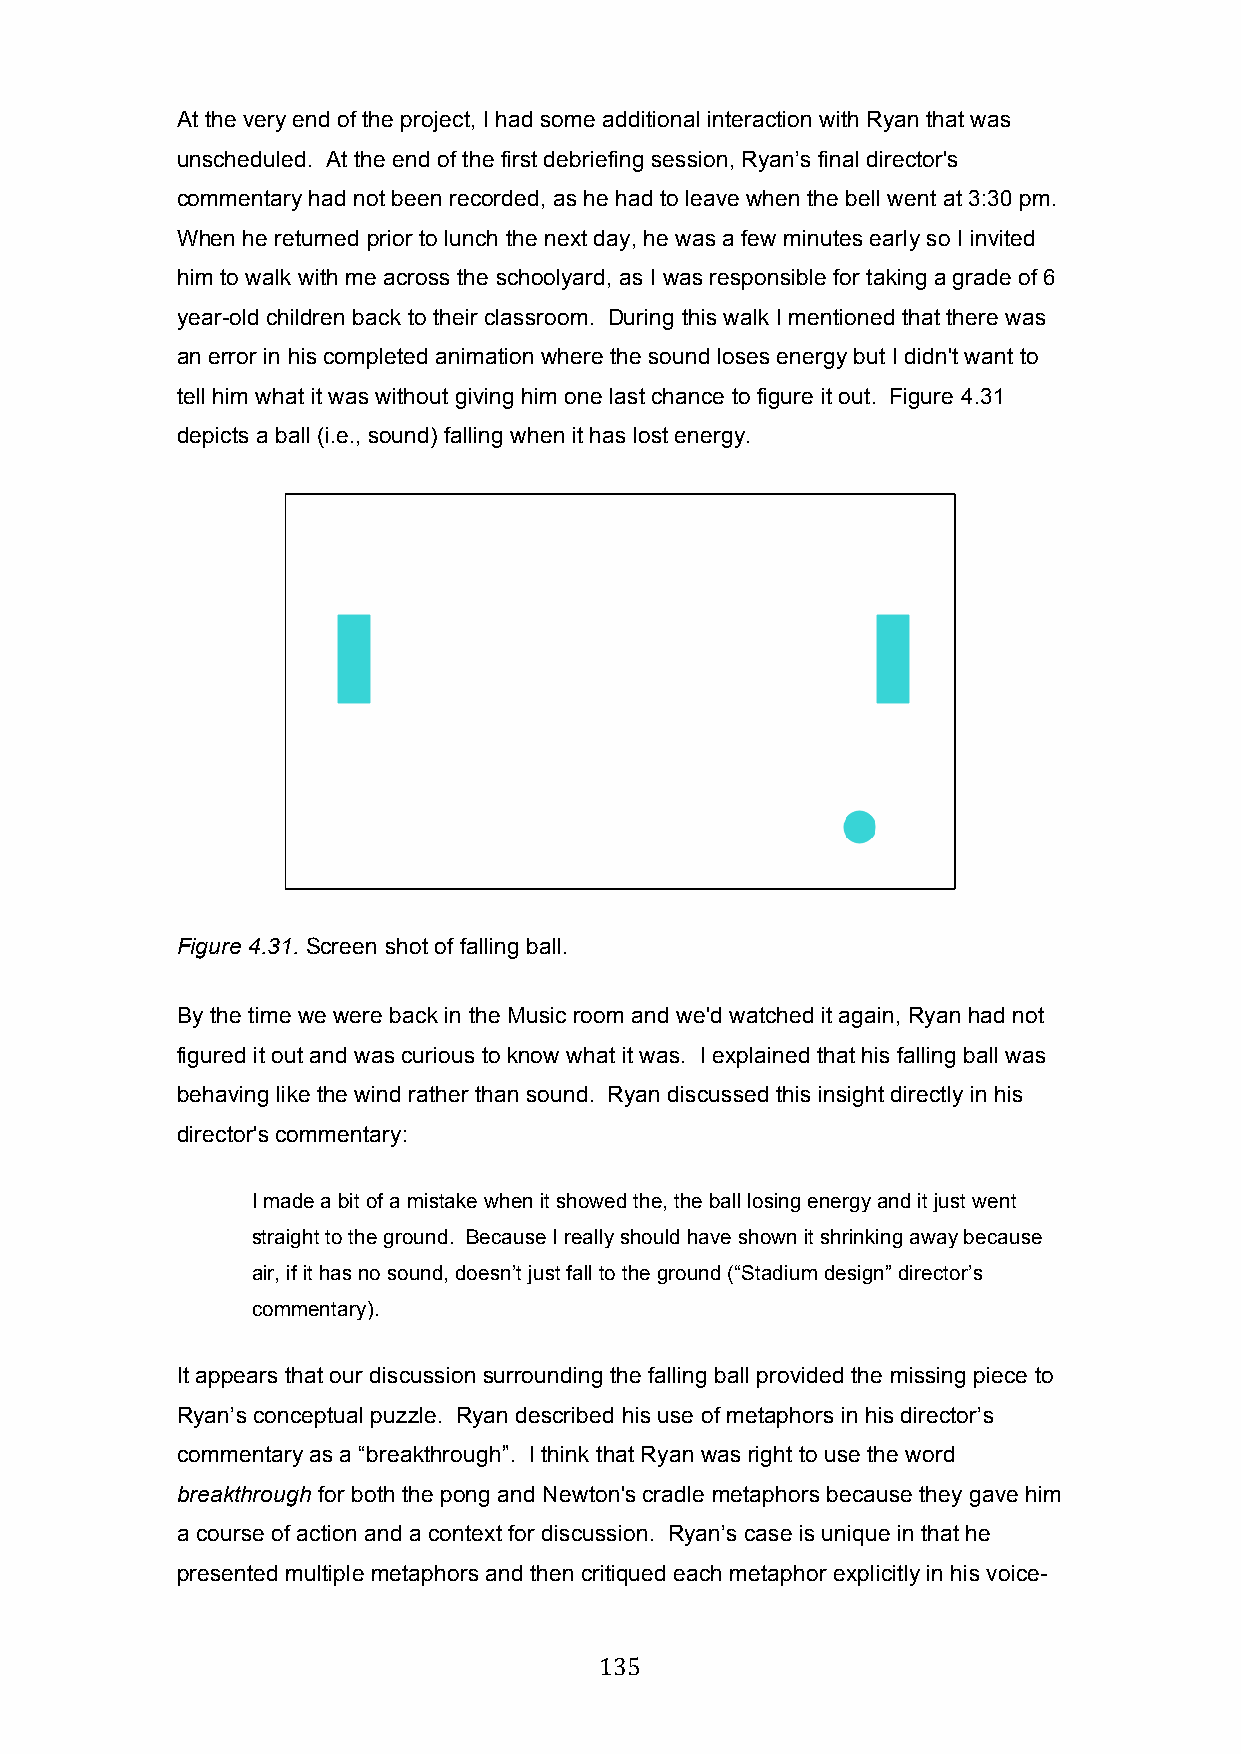
At the very end of the project, I had some additional interaction with Ryan that was
 unscheduled. At the end of the first debriefing session, Ryan’s final director's
 commentary had not been recorded, as he had to leave when the bell went at 3:30 pm.
 When he returned prior to lunch the next day, he was a few minutes early so I invited
 him to walk with me across the schoolyard, as I was responsible for taking a grade of 6
 year-old children back to their classroom. During this walk I mentioned that there was
 an error in his completed animation where the sound loses energy but I didn't want to
 tell him what it was without giving him one last chance to figure it out. Figure 4.31
 depicts a ball (i.e., sound) falling when it has lost energy.
 Figure 4.31. Screen shot of falling ball.
 By the time we were back in the Music room and we'd watched it again, Ryan had not
 figured it out and was curious to know what it was. I explained that his falling ball was
 behaving like the wind rather than sound. Ryan discussed this insight directly in his
 director's commentary:
 I made a bit of a mistake when it showed the, the ball losing energy and it just went
 straight to the ground. Because I really should have shown it shrinking away because
 air, if it has no sound, doesn’t just fall to the ground (“Stadium design” director’s
 commentary).
 It appears that our discussion surrounding the falling ball provided the missing piece to
 Ryan’s conceptual puzzle. Ryan described his use of metaphors in his director’s
 commentary as a “breakthrough”. I think that Ryan was right to use the word
 breakthrough for both the pong and Newton's cradle metaphors because they gave him
 a course of action and a context for discussion. Ryan’s case is unique in that he
 presented multiple metaphors and then critiqued each metaphor explicitly in his voice-
 135